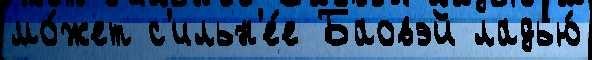
мо́жет с'ильн'е́е Баовэй ладью́